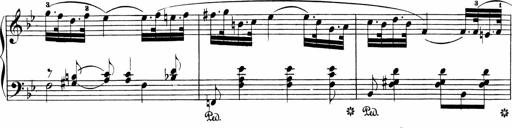
Title: Sonatinen Op.47, 98 und 136, nebst 6 Liedersonatinen
Composer: Carl Reinecke